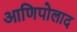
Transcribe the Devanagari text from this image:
आणिपोलाद